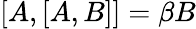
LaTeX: [A,[A,B]]=\beta B